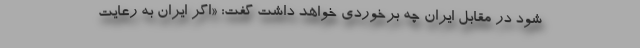
شود در مقابل ایران چه برخوردی خواهد داشت گفت: «اگر ایران به رعایت